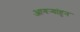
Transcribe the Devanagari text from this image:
आगर्‍यांहुन